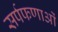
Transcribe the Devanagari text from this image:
सर्पफणाओं